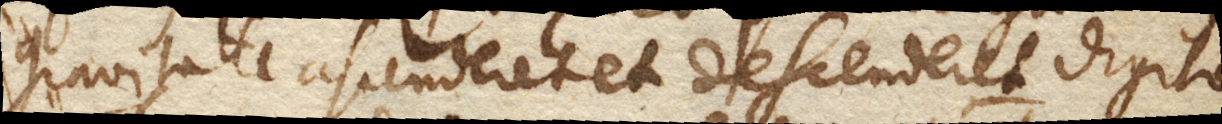
gravitate ascenderet et descenderet digito